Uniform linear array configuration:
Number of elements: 32
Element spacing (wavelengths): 0.25
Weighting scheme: kaiser
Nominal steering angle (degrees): -45
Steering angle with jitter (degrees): -43.404
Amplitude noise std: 0.05
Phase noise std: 0.05

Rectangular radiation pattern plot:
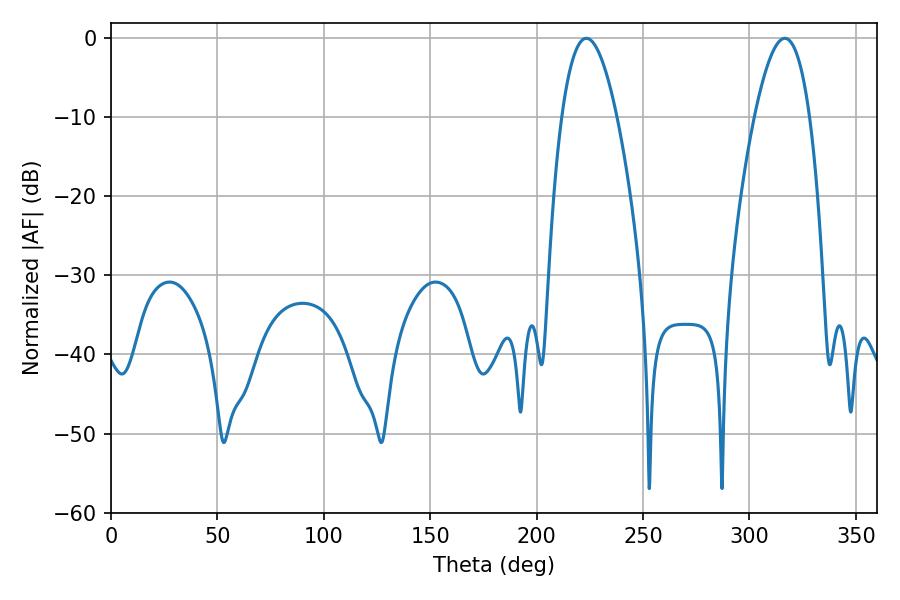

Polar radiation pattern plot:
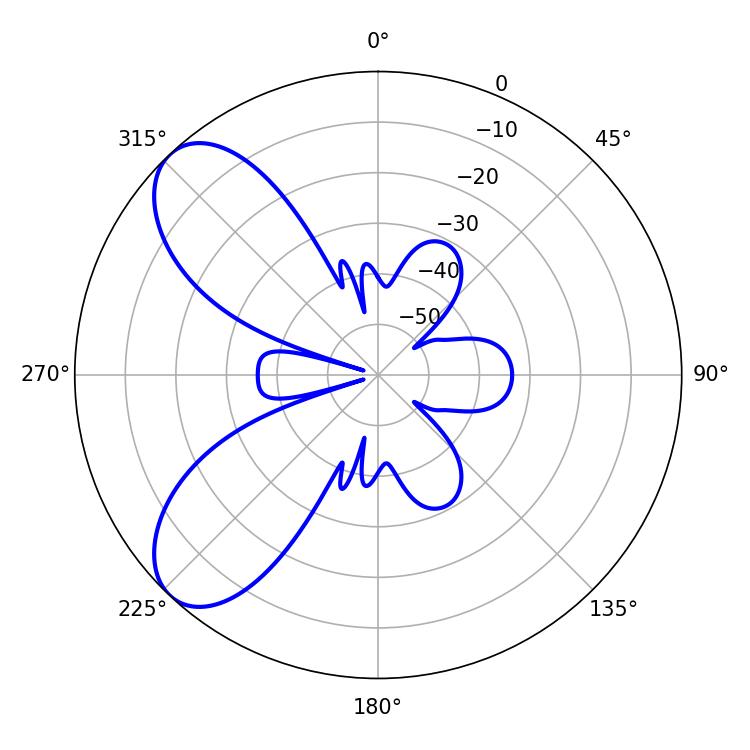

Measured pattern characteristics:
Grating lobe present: FALSE
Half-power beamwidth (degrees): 14.22
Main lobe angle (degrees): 223.38